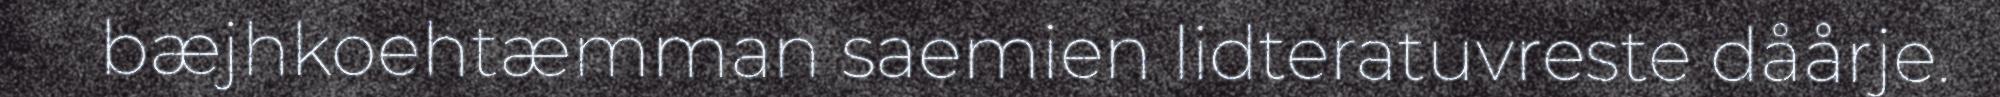
bæjhkoehtæmman saemien lidteratuvreste dåårje.